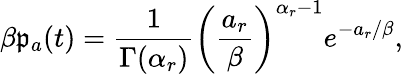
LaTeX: \beta\mathfrak{p}_{a}(t)=\frac{{1}}{{\Gamma(\alpha_{r})}}\left(\frac{{a_{r}}}{{\beta}}\right)^{\alpha_{r}-1}e^{-a_{r}/\beta},